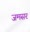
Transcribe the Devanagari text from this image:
जमसर